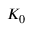
{ \cal K } _ { 0 }